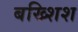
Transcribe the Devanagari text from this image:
बख्शिश